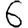
Digit: 6